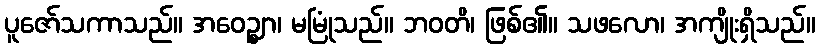
ပူဇော်သကာသည်။ အဝေဉ္ဈာ၊ မမြုံသည်။ ဘဝတိ၊ ဖြစ်၏။ သဖလော၊ အကျိုးရှိသည်။